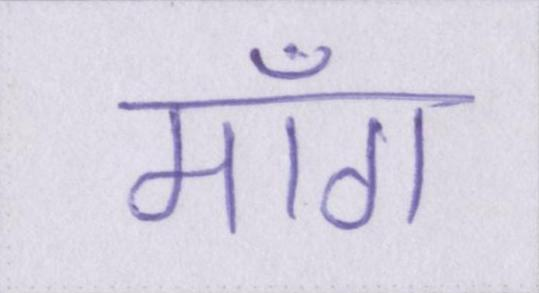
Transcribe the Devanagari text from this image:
माँग